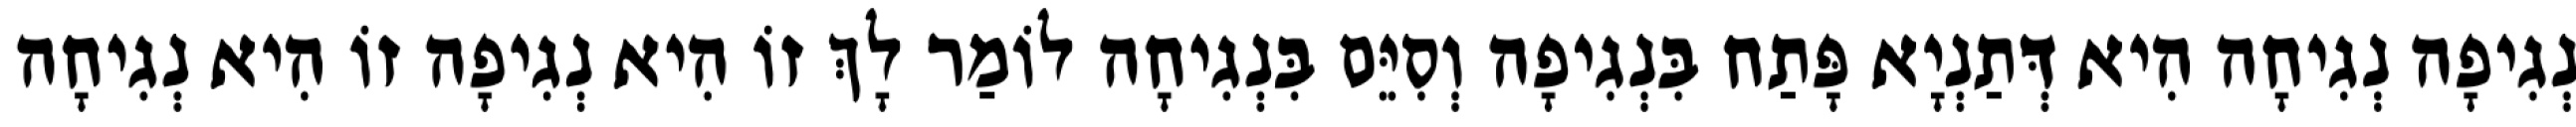
נְגִיפָה נְגִיחָה הִיא דְּתַנְיָא פָּתַח בִּנְגִיפָה וְסִיֵּם בִּנְגִיחָה לוֹמַר לָךְ זוֹ הִיא נְגִיפָה זוֹ הִיא נְגִיחָה